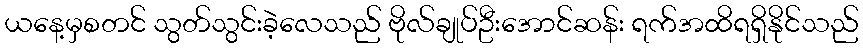
ယနေ့မှစတင် သွတ်သွင်းခဲ့လေသည် ဗိုလ်ချုပ်ဦးအောင်ဆန်း ရက်အထိရရှိနိုင်သည်